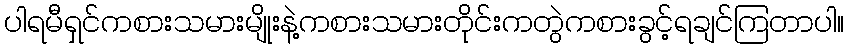
ပါရမီရှင်ကစားသမားမျိုးနဲ့ကစားသမားတိုင်းကတွဲကစားခွင့်ရချင်ကြတာပါ။